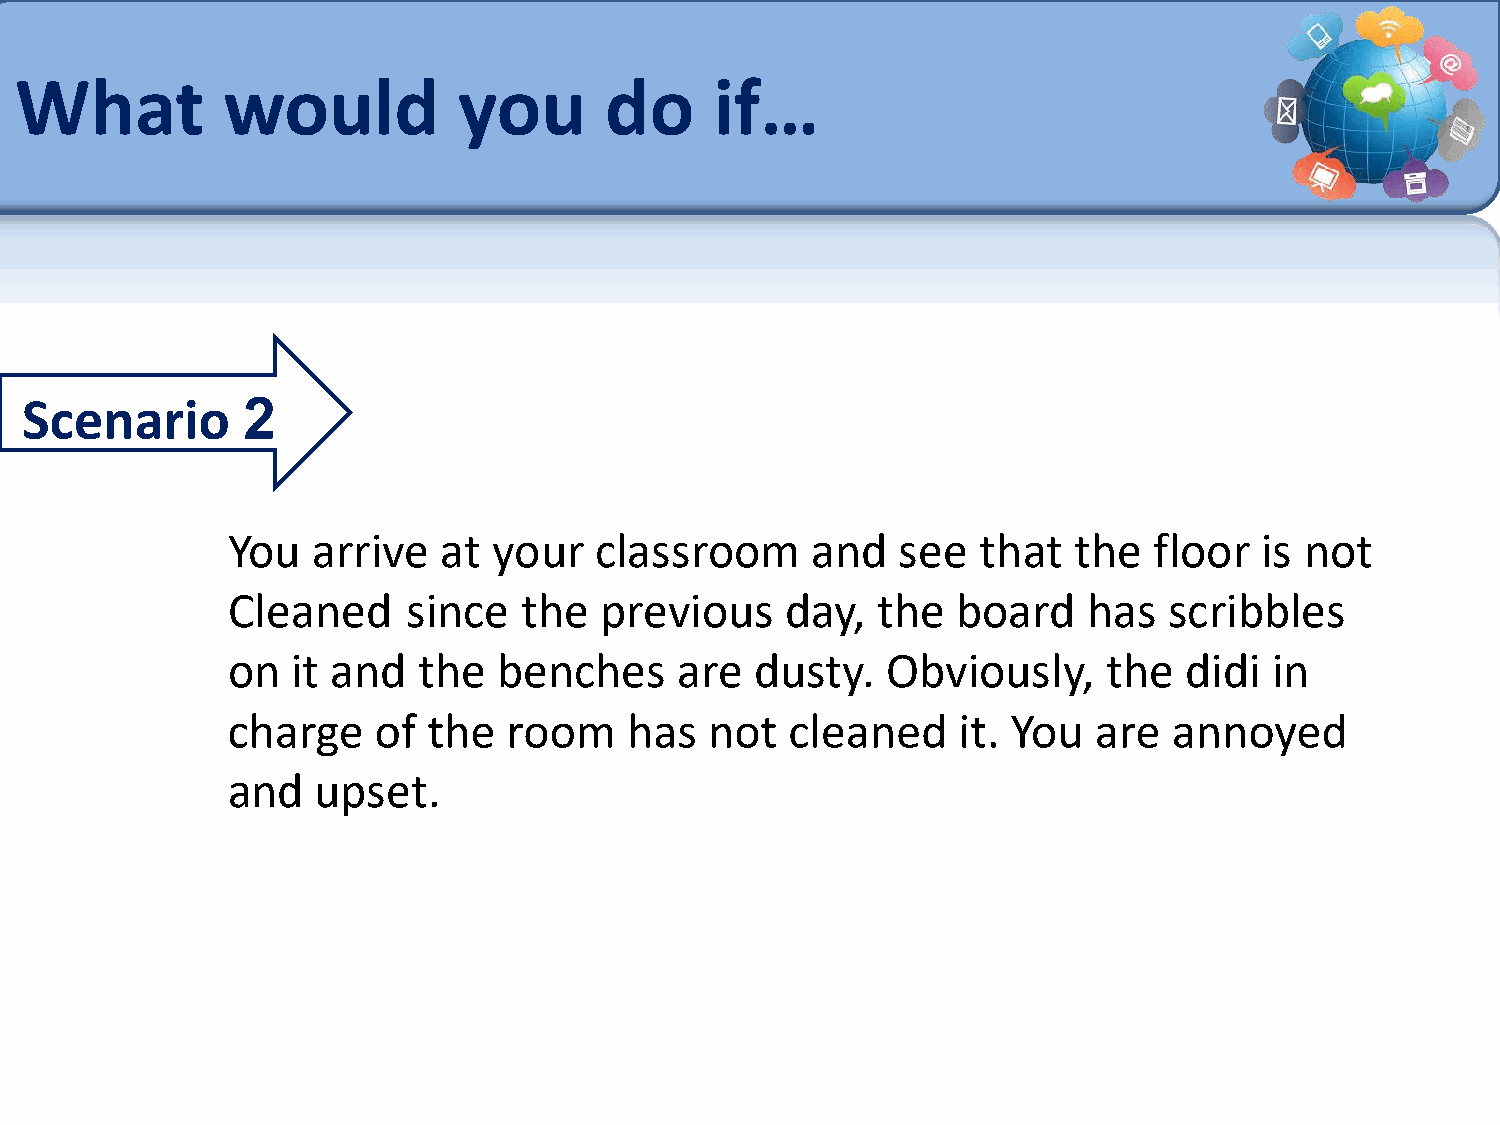
What          would          you       do     if…
 Scenario       2
 You   arrive  at  your  classroom      and   see  that  the  floor   is not
 Cleaned     since  the   previous    day,  the  board    has  scribbles
 on  it and   the  benches     are  dusty.   Obviously,    the  didi  in
 charge    of the   room    has  not  cleaned    it. You  are   annoyed
 and   upset.